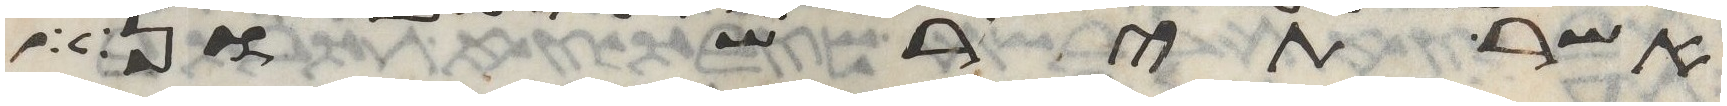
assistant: אשר תירשון